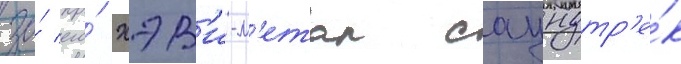
за́ его́ хэв'и-м'етал саундтр'е́к